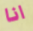
انا